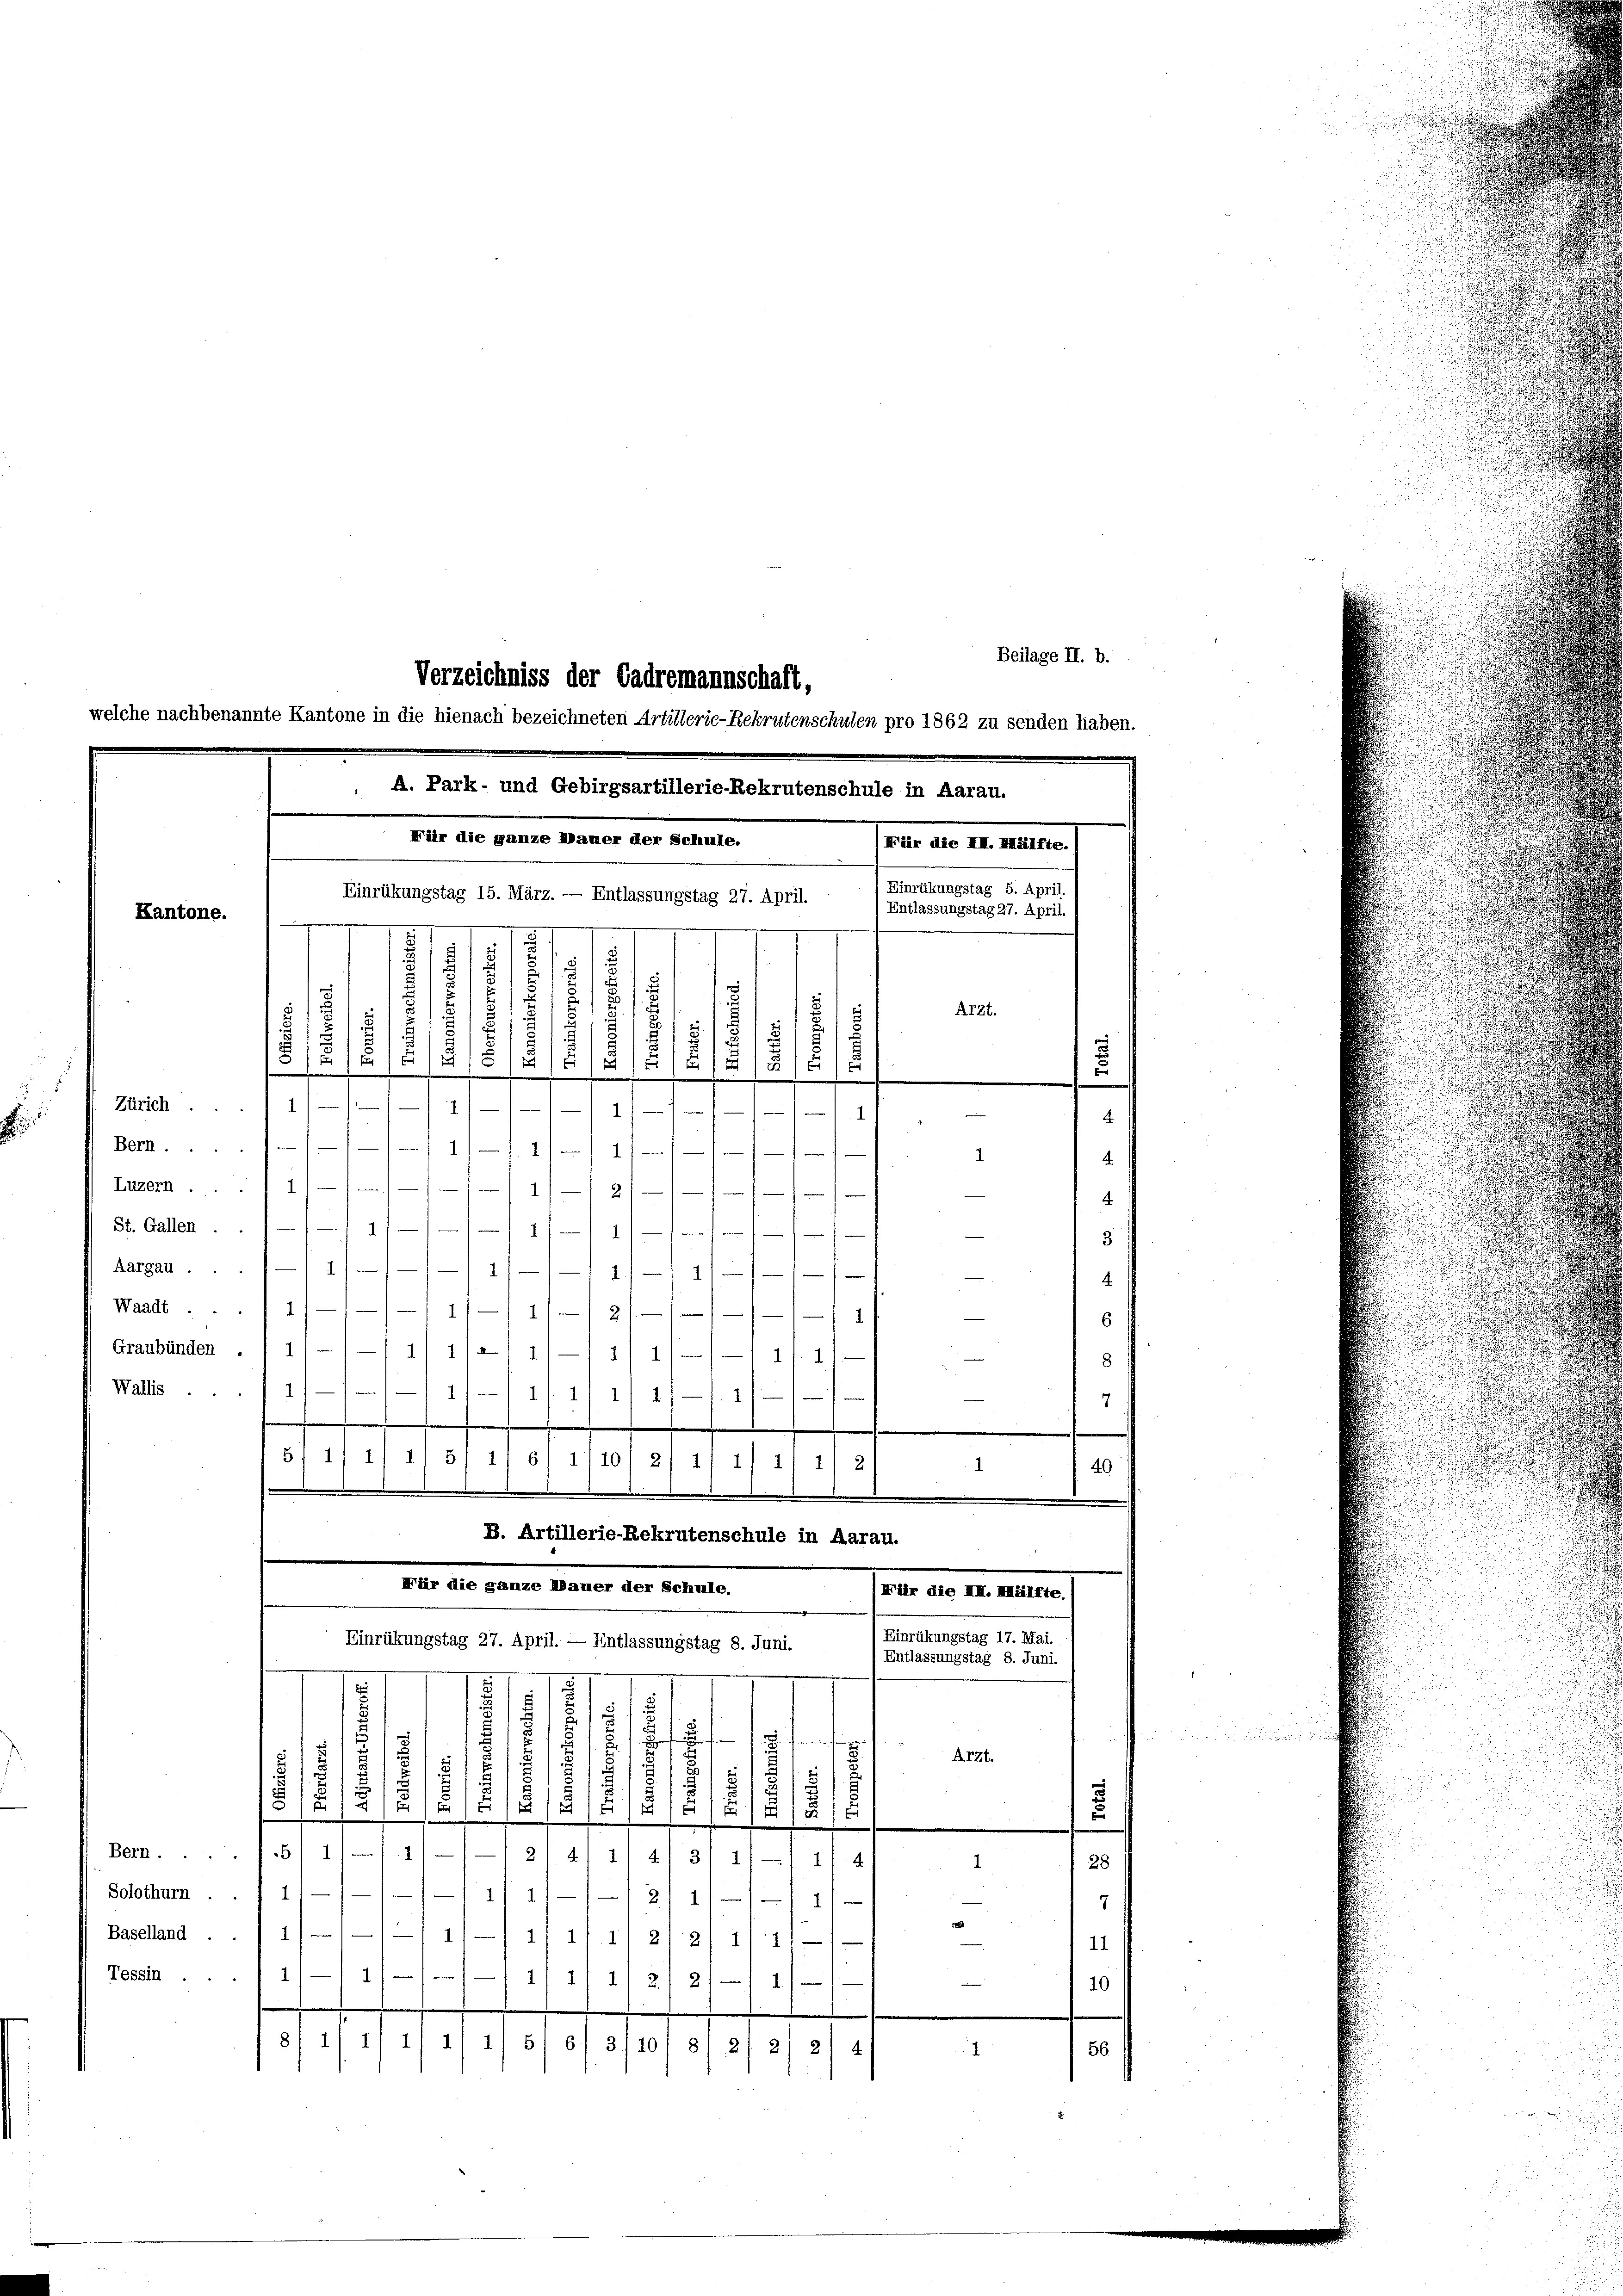
.

Beilage II. b.
Verzeichniss der Cadremannschaft,

A. Park- und Gebirgsartillerie-Rekrutenschule in Aarau.
Für die ganze Dauer der Schule.
(Für die III. Hälfte.
) Einrükungstag 5. April.
Einrükungstag 15. März. — Entlassungstag 27. April.
Entlassungstag 27. April. I
Kantone.
.
.
131
u

welche nachbenannte Kantone in die hienach bezeichneten Artillerie-Rekrutenschulen pro 1862 zu senden haben.

u
¬
.
/§13/14/2/1
16
M.

.
Bern.
111 11 1
Luzern ... 11
12
St. Gallen.
1
2
11
e
Aargau.
2
1
1
Waadt ... 1
/11/11/2
1/
Graubünden . 1 1/
1 1/2 11/11 1
d).
Wallis ...
1
211 f. 2
.
d
5/11 11 11 5/ 116/ 1/10
2/ 1/1/ 1/ 11 2/
1
B. Artillerie-Rekrutenschule in Aarau.
Mär die ganze Mauer der Schule.
Für die II. Hälfte.
Einrükungstag 17. Mai.
Einrükungstag 27. April. — Entlassungstag 8. Juni.
Entlassungstag 8. Juni.
e
.
17
5
n
i
/
.
E
5
AEzt.
s
2
5
s
7
1
u
u
8
21415/G15151918/
e
15
2
Bern.511—14
31
4) 11 4
11/ 1/4
1
i
Solothurn .  1
1
.
I
Baselland . . 1
1111. 1121 21 11 11
Tessin ..11/1 1
1) 11 1/
2/1. 1
2.
8) 111) 1’ 1’ 1/ 51 61 3/10 8/ 21 2/ 214
1

8
¬

12
51. 2. s.
1
f

Arzt.
u

1

3
4
6
8
7

40

.
4

7

11
10

56.